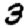
Digit: 3